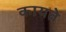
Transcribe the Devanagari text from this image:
कायते